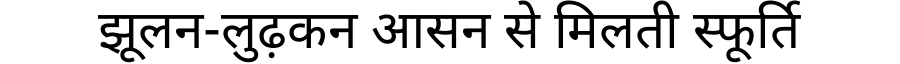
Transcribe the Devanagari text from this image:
झूलन-लुढ़कन आसन से मिलती स्फूर्ति